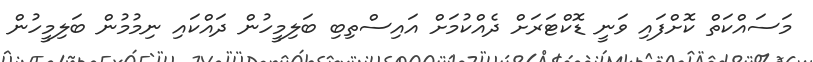
މަސައްކަތް ކޮށްފައި ވަނީ ޑޮކްޓަރަށް ދެއްކުމަށް އައިސްތިބި ބަލިމީހުން ދައްކައި ނިމުމުން ބަލިމީހުން